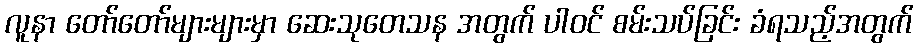
လူနာ တော်တော်များများမှာ ဆေးသုတေသန အတွက် ပါဝင် စမ်းသပ်ခြင်း ခံရသည့်အတွက်